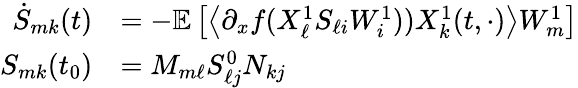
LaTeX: \begin{array}{rl}{\dot{S}_{mk}(t)}&{=-\mathbb{E}\left[\left\langle\partial_{x}f(X_{\ell}^{1}S_{\ell i}W_{i}^{1}))X_{k}^{1}(t,\cdot)\right\rangle W_{m}^{1}\right]}\\ {S_{mk}(t_{0})}&{=M_{m\ell}S_{\ell j}^{0}N_{kj}}\end{array}